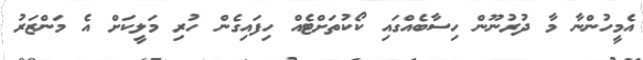
އެމީހުންނާ މާ ދުރުނޫން ހިސާބެއްގައި ކޯކުތަށްޓެއް ހިފައިގެން ހުރި މަލީކަށް އެ މަންޒަރު